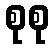
စုစု